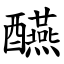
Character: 醼